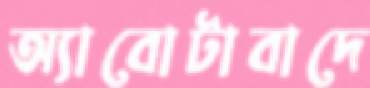
অ্যাবোটাবাদে